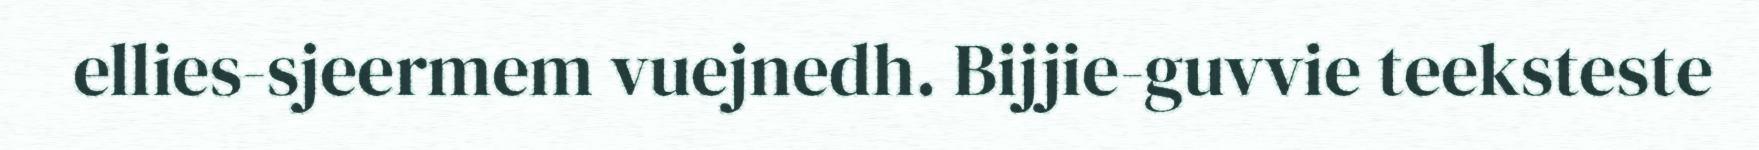
ellies-sjeermem vuejnedh. Bijjie-guvvie teeksteste